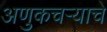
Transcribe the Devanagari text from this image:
अणुकचऱ्याचे